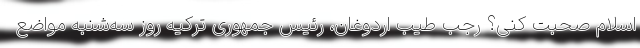
اسلام صحبت کنی؟ رجب طیب اردوغان، رئیس جمهوری ترکیه روز سه‌شنبه مواضع